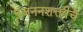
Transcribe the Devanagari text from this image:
प्रजननशक्तीचे